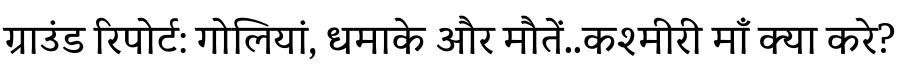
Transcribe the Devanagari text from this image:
ग्राउंड रिपोर्ट: गोलियां, धमाके और मौतें..कश्मीरी माँ क्या करे?